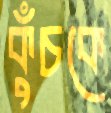
কুঁচকে